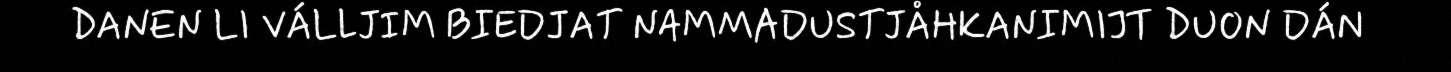
DANEN LI VÁLLJIM BIEDJAT NAMMADUSTJÅHKANIMIJT DUON DÁN